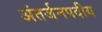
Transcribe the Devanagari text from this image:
अंतर्जनपदीय